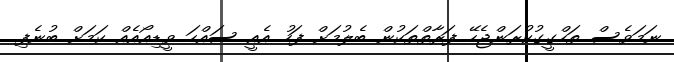
ނަމަވެސް ތަހްގީގުކުރަންޖެހޭ ފަރާތްތަކުން ބެލުމަށް ފަހު އެއީ ސައްހަ ވީޑިއޯއެއް ކަމަށް ބުނެފި